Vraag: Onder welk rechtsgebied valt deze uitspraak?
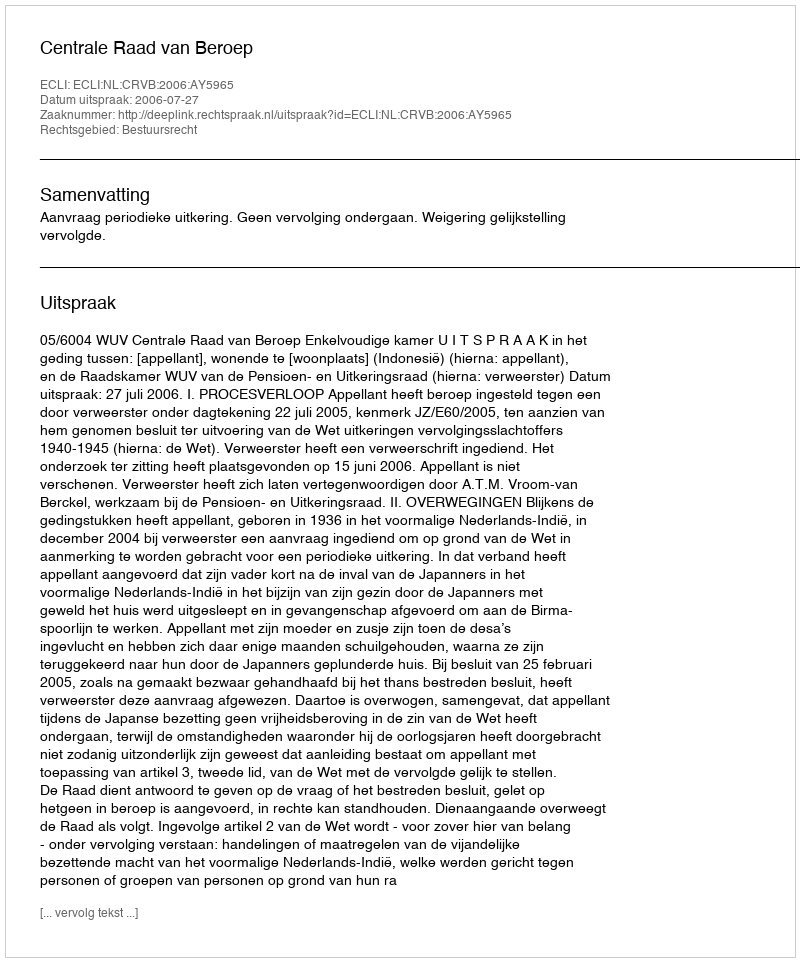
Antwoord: Bestuursrecht